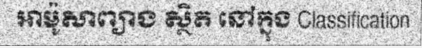
អាម៉ូសាព្យាង ស្ថិត នៅក្នុង Classification